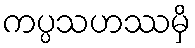
ကပ္ပသဟဿမှိ